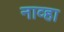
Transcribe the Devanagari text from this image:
नाव्हा